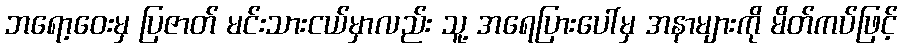
ဘရော့ဝေးမှ ပြဇာတ် မင်းသားငယ်မှာလည်း သူ့ အရေပြားပေါ်မှ အနာများကို မိတ်ကပ်ဖြင့်